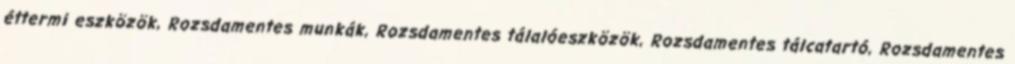
éttermi eszközök, Rozsdamentes munkák, Rozsdamentes tálalóeszközök, Rozsdamentes tálcatartó, Rozsdamentes